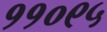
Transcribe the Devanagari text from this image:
११०९५